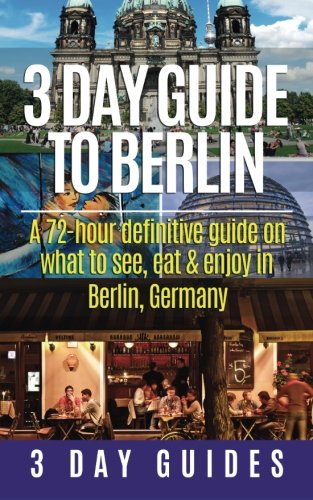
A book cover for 3 Day Guide to Berlin -A 72-hour Definitive Guide on What to See, Eat and Enjoy (3 Day Travel Guides) (Volume 1); 3 Day City Guides; Travel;